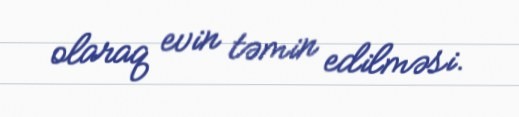
olaraq evin təmin edilməsi.